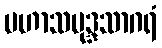
မဟာသမုဒ္ဒသာဂရံ